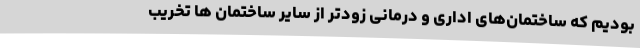
بودیم که ساختمان‌های اداری و درمانی زودتر از سایر ساختمان ها تخریب